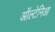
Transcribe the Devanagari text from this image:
ऑल्टेनिआ